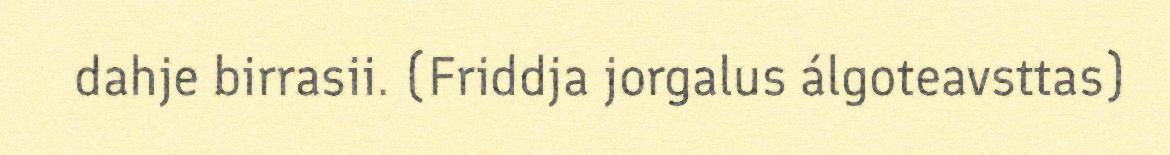
dahje birrasii. (Friddja jorgalus álgoteavsttas)